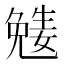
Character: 𡢎